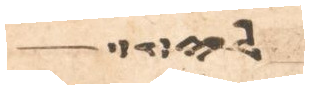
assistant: לי